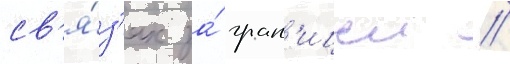
св'я́з'ях за́ гран'ицеи //